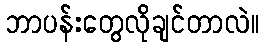
ဘာပန်းတွေလိုချင်တာလဲ။